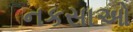
નકસાઓ